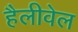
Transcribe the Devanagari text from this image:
हैलीवेल